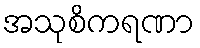
အသုစိကရဏာ